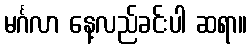
မင်္ဂလာ နေ့လည်ခင်းပါ ဆရာ။